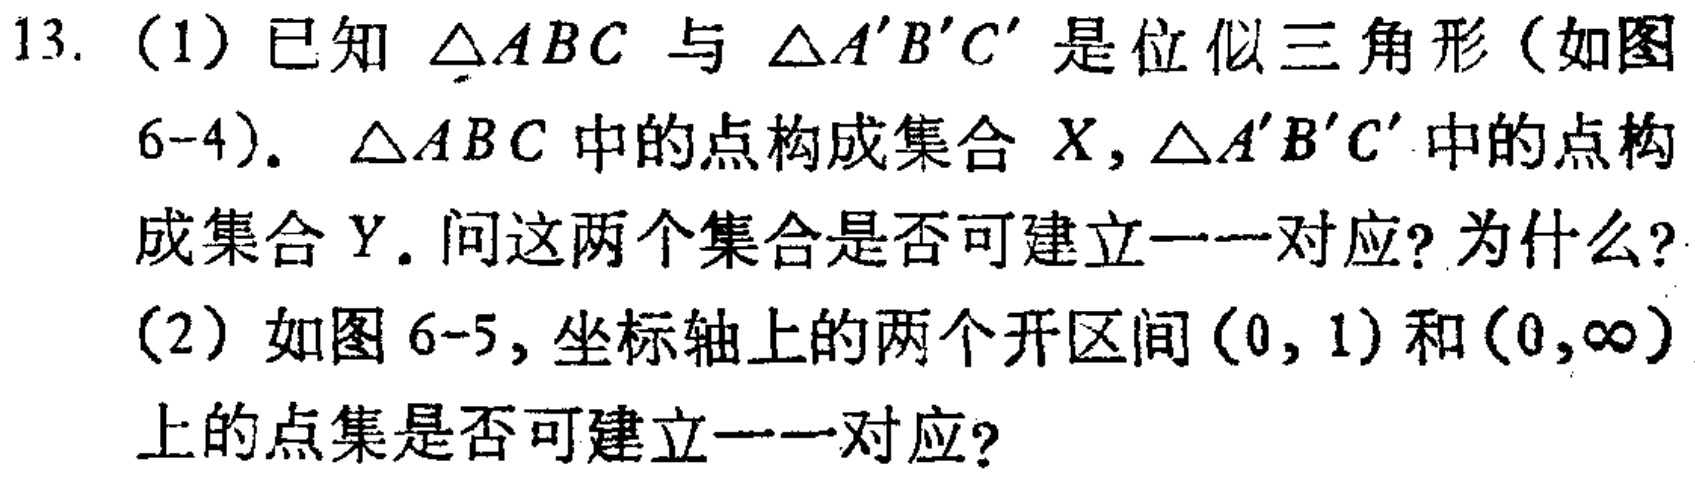
13. (1) 已知 \(\triangle ABC\) 与 \(\triangle A'B'C'\) 是位似三角形（如图6-4）。\(\triangle ABC\) 中的点构成集合 \(X\)，\(\triangle A'B'C'\) 中的点构成集合 \(Y\)。问这两个集合是否可建立一一对应？为什么？

(2) 如图6-5，坐标轴上的两个开区间 \((0,1)\) 和 \((0,\infty)\) 上的点集是否可建立一一对应？